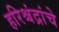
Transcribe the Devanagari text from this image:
हरिश्चंद्रांचे